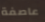
عاصفة